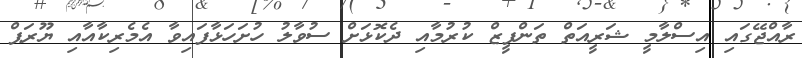
ރާއްޖޭގައި އިސްލާމީ ޝަރީއަތް ތަންފީޒް ކުރުމާއި ދެކޮޅަށް ސުވާލު ހުށަހަޅާފައިވާ އެމެރިކާއާއި ޔޫރަޕް